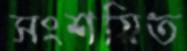
সংশয়িত